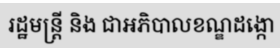
រដ្ឋមន្ត្រី និង ជាអភិបាលខណ្ឌដង្កោ